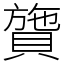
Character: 䞄